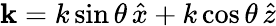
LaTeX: {\mathbf k}=k\sin\theta\, \hat{x}+k\cos\theta\, \hat{z}